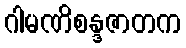
ဂါမဏိစန္ဒဇာတက